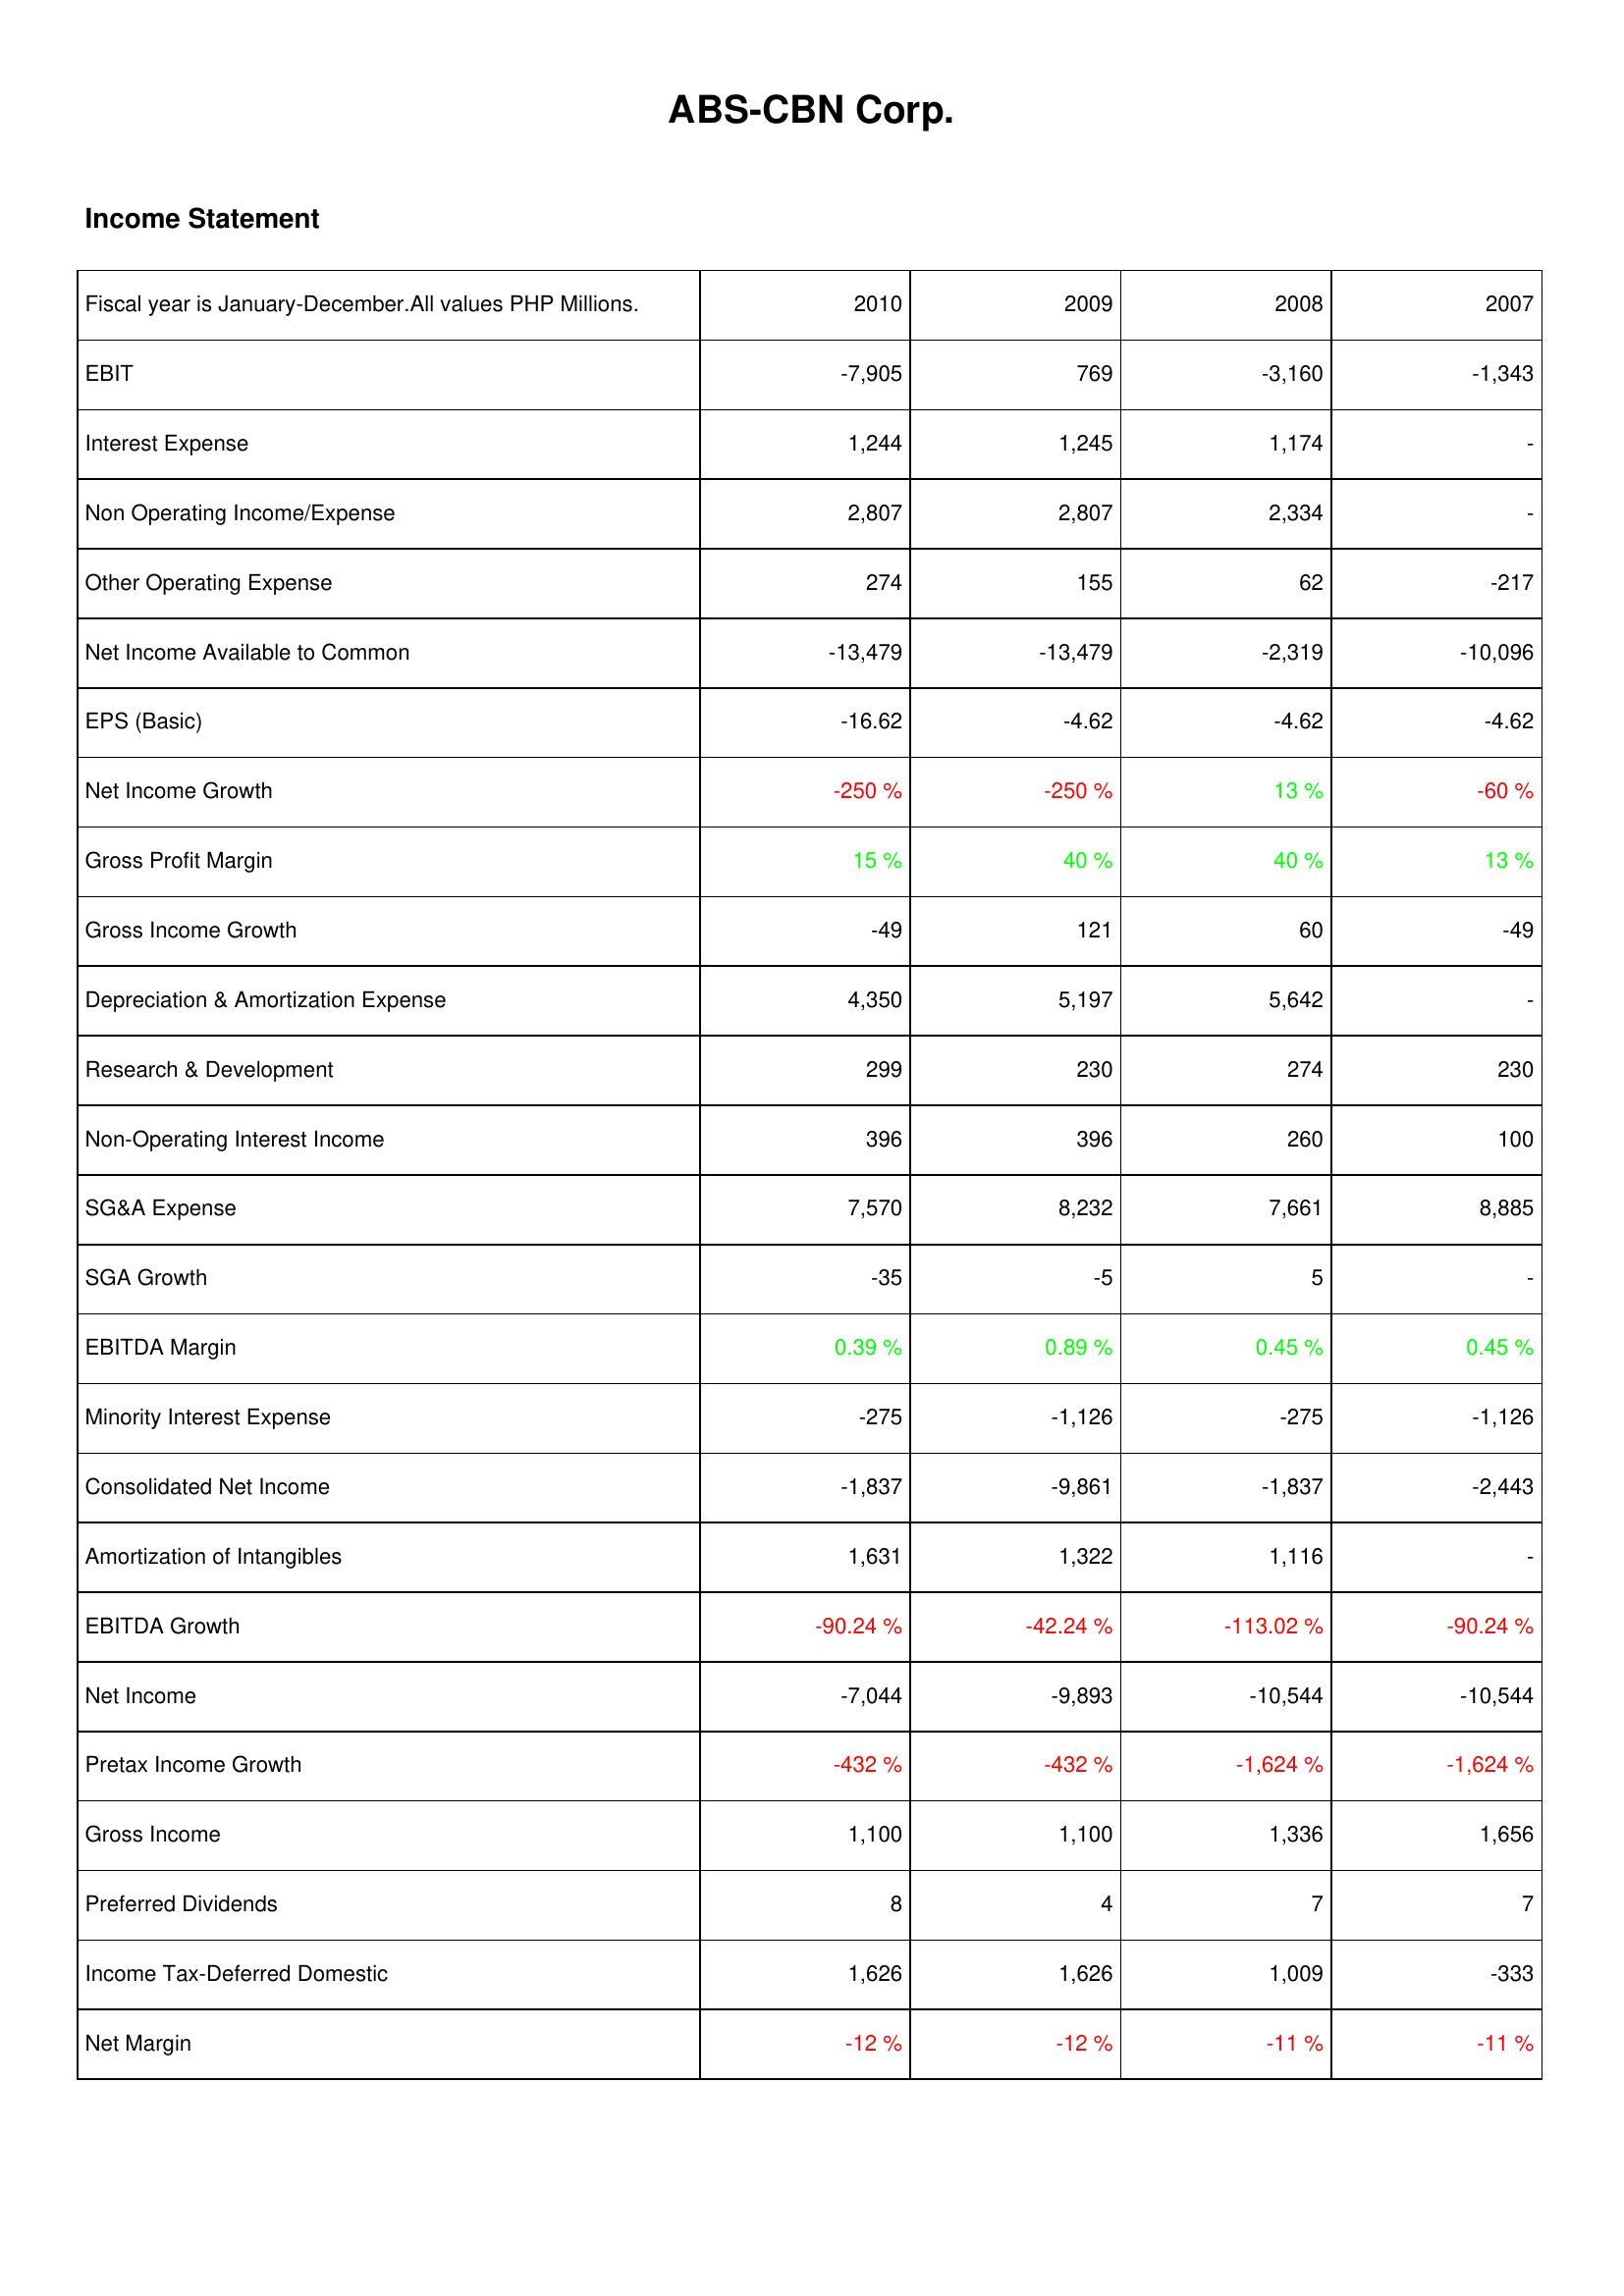
2010: Income Statement: EBIT: -7,905
Interest Expense: 1,244
Non Operating Income/Expense: 2,807
Other Operating Expense: 274
Net Income Available to Common: -13,479
EPS (Basic): -16.62
Net Income Growth: -250 %
Gross Profit Margin: 15 %
Gross Income Growth: -49
Depreciation & Amortization Expense: 4,350
Research & Development: 299
Non-Operating Interest Income: 396
SG&A Expense: 7,570
SGA Growth: -35
EBITDA Margin: 0.39 %
Minority Interest Expense: -275
Consolidated Net Income: -1,837
Amortization of Intangibles: 1,631
EBITDA Growth: -90.24 %
Net Income: -7,044
Pretax Income Growth: -432 %
Gross Income: 1,100
Preferred Dividends: 8
Income Tax-Deferred Domestic: 1,626
Net Margin: -12 %
2009: Income Statement: EBIT: 769
Interest Expense: 1,245
Non Operating Income/Expense: 2,807
Other Operating Expense: 155
Net Income Available to Common: -13,479
EPS (Basic): -4.62
Net Income Growth: -250 %
Gross Profit Margin: 40 %
Gross Income Growth: 121
Depreciation & Amortization Expense: 5,197
Research & Development: 230
Non-Operating Interest Income: 396
SG&A Expense: 8,232
SGA Growth: -5
EBITDA Margin: 0.89 %
Minority Interest Expense: -1,126
Consolidated Net Income: -9,861
Amortization of Intangibles: 1,322
EBITDA Growth: -42.24 %
Net Income: -9,893
Pretax Income Growth: -432 %
Gross Income: 1,100
Preferred Dividends: 4
Income Tax-Deferred Domestic: 1,626
Net Margin: -12 %
2008: Income Statement: EBIT: -3,160
Interest Expense: 1,174
Non Operating Income/Expense: 2,334
Other Operating Expense: 62
Net Income Available to Common: -2,319
EPS (Basic): -4.62
Net Income Growth: 13 %
Gross Profit Margin: 40 %
Gross Income Growth: 60
Depreciation & Amortization Expense: 5,642
Research & Development: 274
Non-Operating Interest Income: 260
SG&A Expense: 7,661
SGA Growth: 5
EBITDA Margin: 0.45 %
Minority Interest Expense: -275
Consolidated Net Income: -1,837
Amortization of Intangibles: 1,116
EBITDA Growth: -113.02 %
Net Income: -10,544
Pretax Income Growth: -1,624 %
Gross Income: 1,336
Preferred Dividends: 7
Income Tax-Deferred Domestic: 1,009
Net Margin: -11 %
2007: Income Statement: EBIT: -1,343
Interest Expense: -
Non Operating Income/Expense: -
Other Operating Expense: -217
Net Income Available to Common: -10,096
EPS (Basic): -4.62
Net Income Growth: -60 %
Gross Profit Margin: 13 %
Gross Income Growth: -49
Depreciation & Amortization Expense: -
Research & Development: 230
Non-Operating Interest Income: 100
SG&A Expense: 8,885
SGA Growth: -
EBITDA Margin: 0.45 %
Minority Interest Expense: -1,126
Consolidated Net Income: -2,443
Amortization of Intangibles: -
EBITDA Growth: -90.24 %
Net Income: -10,544
Pretax Income Growth: -1,624 %
Gross Income: 1,656
Preferred Dividends: 7
Income Tax-Deferred Domestic: -333
Net Margin: -11 %